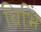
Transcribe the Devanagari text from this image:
विभिं